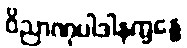
ဝိညာဏုပါဒါနက္ခန္ဓေ